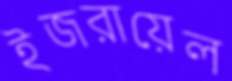
ইজরায়েল